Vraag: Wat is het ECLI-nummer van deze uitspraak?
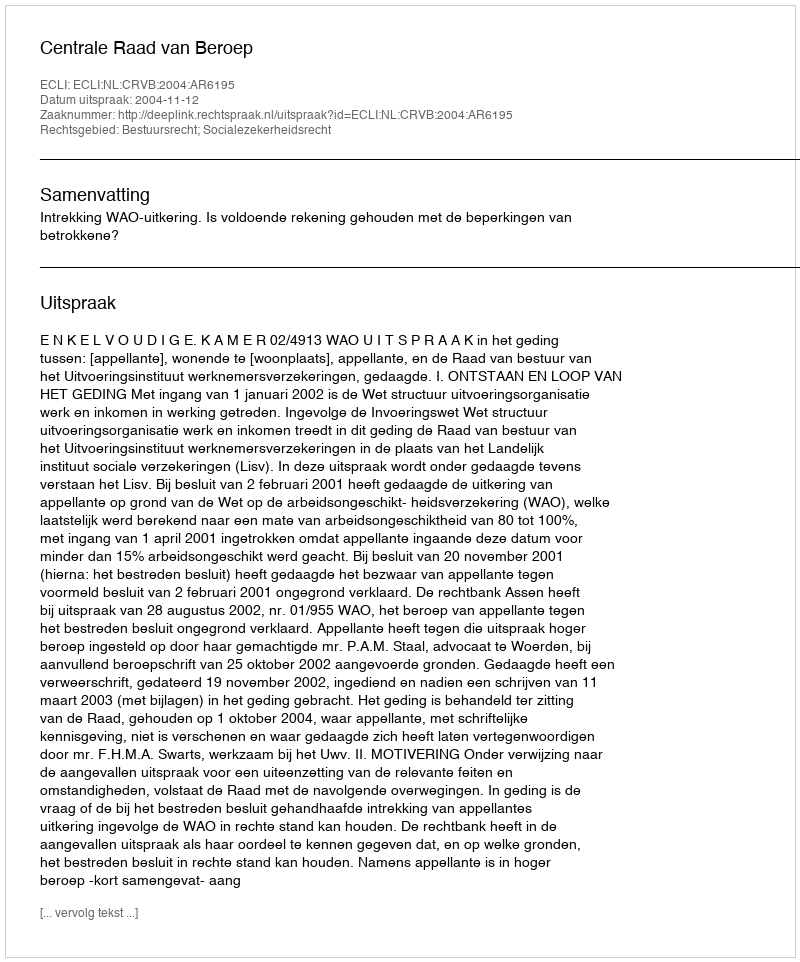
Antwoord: ECLI:NL:CRVB:2004:AR6195